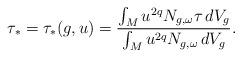
LaTeX: \begin{align*}\tau_*=\tau_*(g,u)=\frac{\int_M u^{2q}N_{g,\omega}\tau\,dV_g}{\int_M u^{2q}N_{g,\omega}\,dV_g}.\end{align*}